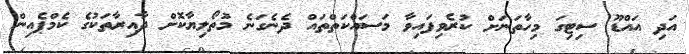
އަދި އައްޑޫ ސިޓިގަ މިހާތަނަށް ކުރެވިފައިވާ މަސައްކަތްތައް ދެނެގަނެ މުތޯލިޔާކޮށް ދާއިރާތަކުގެ ކެމްޕެއިން